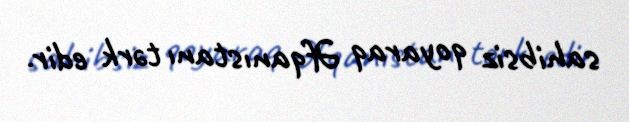
sahibsiz qoyaraq Əfqanıstanı tərk edir.